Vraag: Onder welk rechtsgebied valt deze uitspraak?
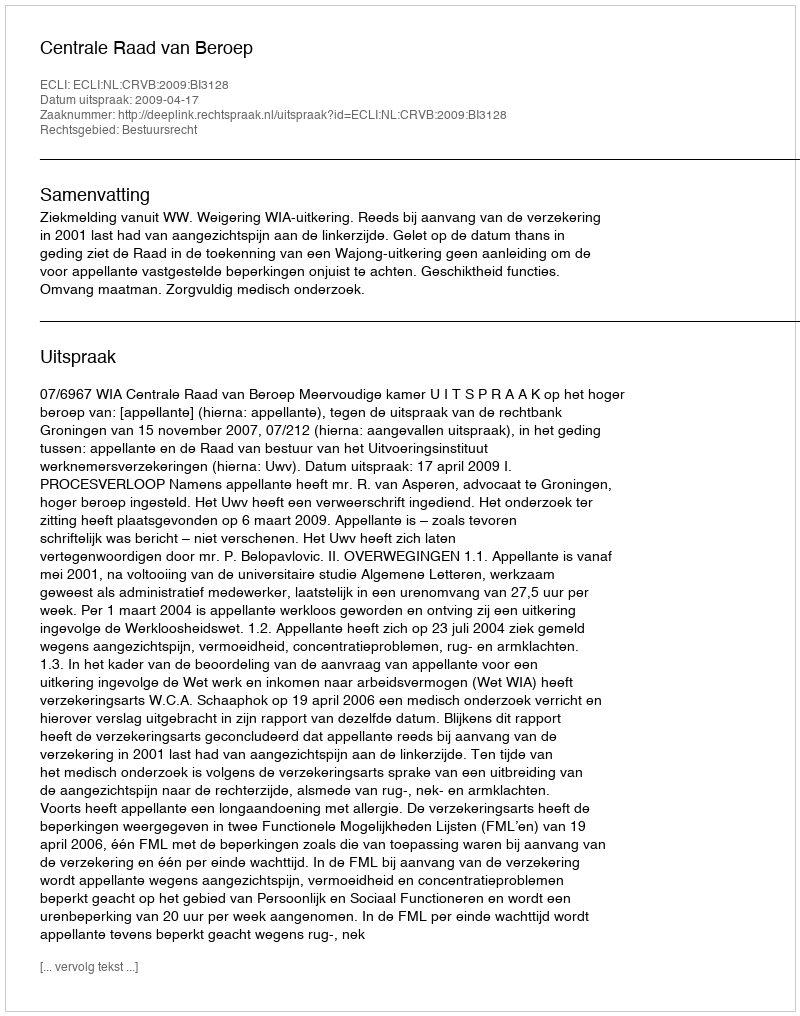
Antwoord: Bestuursrecht